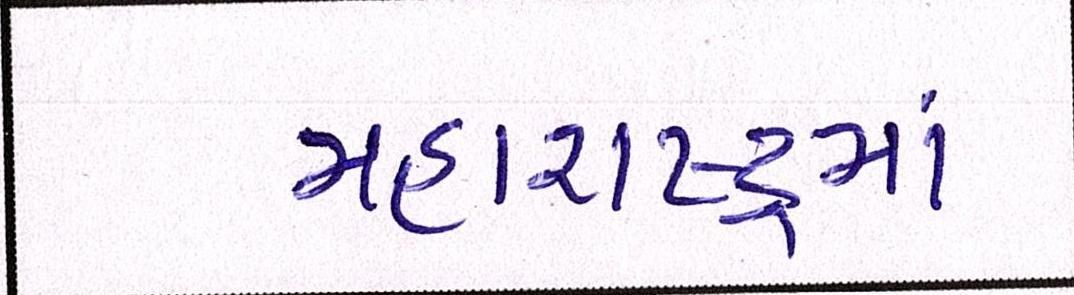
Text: મહારાષ્ટ્રમાં